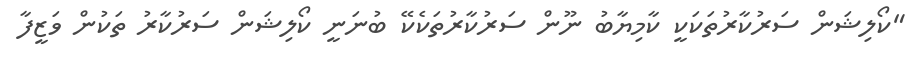
"ކޯލިޝަން ސަރުކާރުތަކަކީ ކާމިޔާބު ނޫން ސަރުކާރުތަކެކޭ ބުނަނީ ކޯލިޝަން ސަރުކާރު ތަކުން ވަޒީފާ